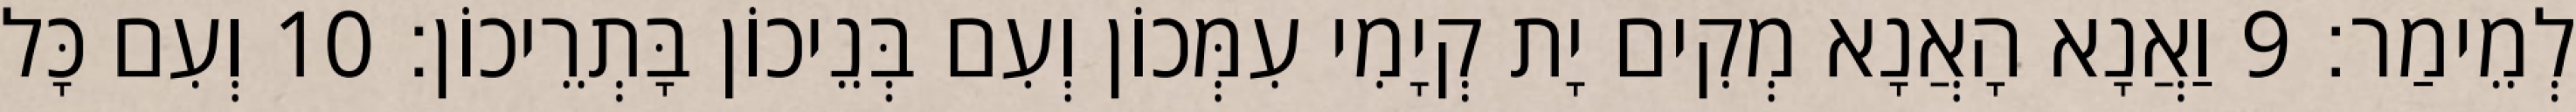
לְמֵימַר׃ 9 וַאֲנָא הָאֲנָא מְקִים יָת קְיָמִי עִמְּכוֹן וְעִם בְּנֵיכוֹן בָּתְרֵיכוֹן׃ 10 וְעִם כָּל